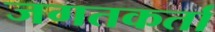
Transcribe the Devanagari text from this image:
जगतकर्ता